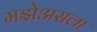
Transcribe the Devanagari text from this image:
मझेअसला